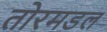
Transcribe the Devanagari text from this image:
तोरमडल